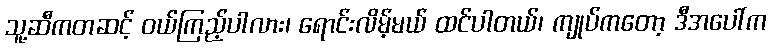
သူ့ဆီကတဆင့် ဝယ်ကြည့်ပါလား၊ ရောင်းလိမ့်မယ် ထင်ပါတယ်၊ ကျုပ်ကတော့ ဒီအပေါ်က